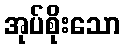
အုပ်စိုးသော